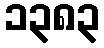
၁၃၈၃